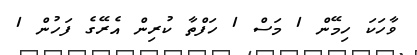
ވާހަކަ ހިމޭން 1 މަސް 1 ހަފްތާ ކުރިން އެރޭގެ ފަހުން 1